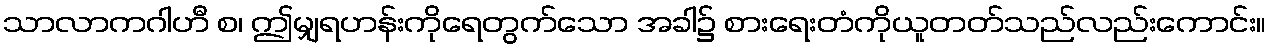
သာလာကဂါဟီ စ၊ ဤမျှရဟန်းကိုရေတွက်သော အခါ၌ စားရေးတံကိုယူတတ်သည်လည်းကောင်း။